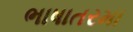
ભાષાતરમા